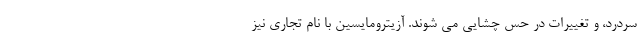
سردرد، و تغییرات در حس چشایی می شوند. آزیترومایسین با نام تجاری نیز